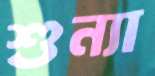
শুন্যা